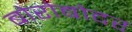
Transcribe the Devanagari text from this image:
बोरोबोदर